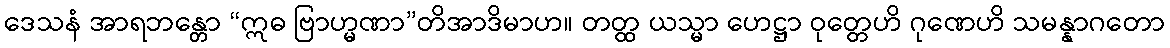
ဒေသနံ အာရဘန္တော “ဣဓ ဗြာဟ္မဏာ”တိအာဒိမာဟ။ တတ္ထ ယသ္မာ ဟေဋ္ဌာ ဝုတ္တေဟိ ဂုဏေဟိ သမန္နာဂတော